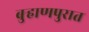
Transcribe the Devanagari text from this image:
बुर्‍हाणपुरात